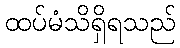
ထပ်မံသိရှိရသည်